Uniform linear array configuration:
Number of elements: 4
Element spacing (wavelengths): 0.25
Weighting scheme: cosine
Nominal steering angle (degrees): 0
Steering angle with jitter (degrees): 1.92
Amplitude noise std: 0.05
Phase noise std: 0.05

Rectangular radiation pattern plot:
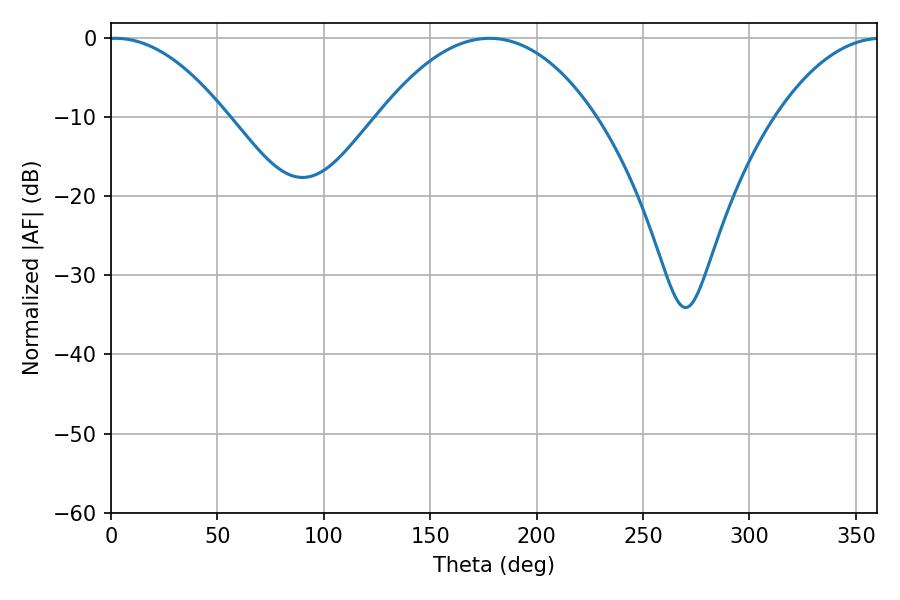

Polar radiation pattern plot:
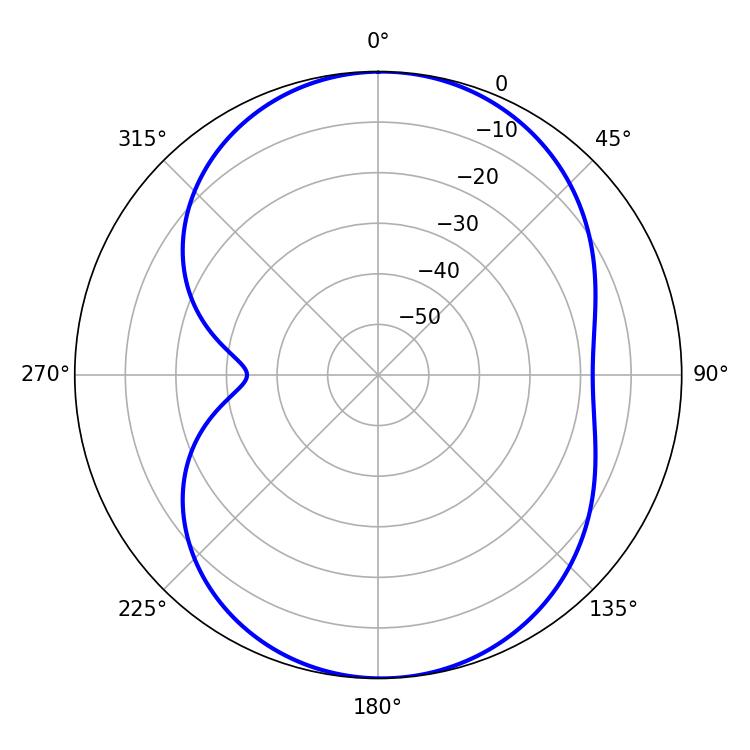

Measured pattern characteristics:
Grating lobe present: FALSE
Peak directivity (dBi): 12.393
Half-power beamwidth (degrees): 30.78
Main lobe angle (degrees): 2.16